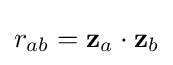
r_{ab}=\mathbf {z} _{a}\cdot \mathbf {z} _{b}